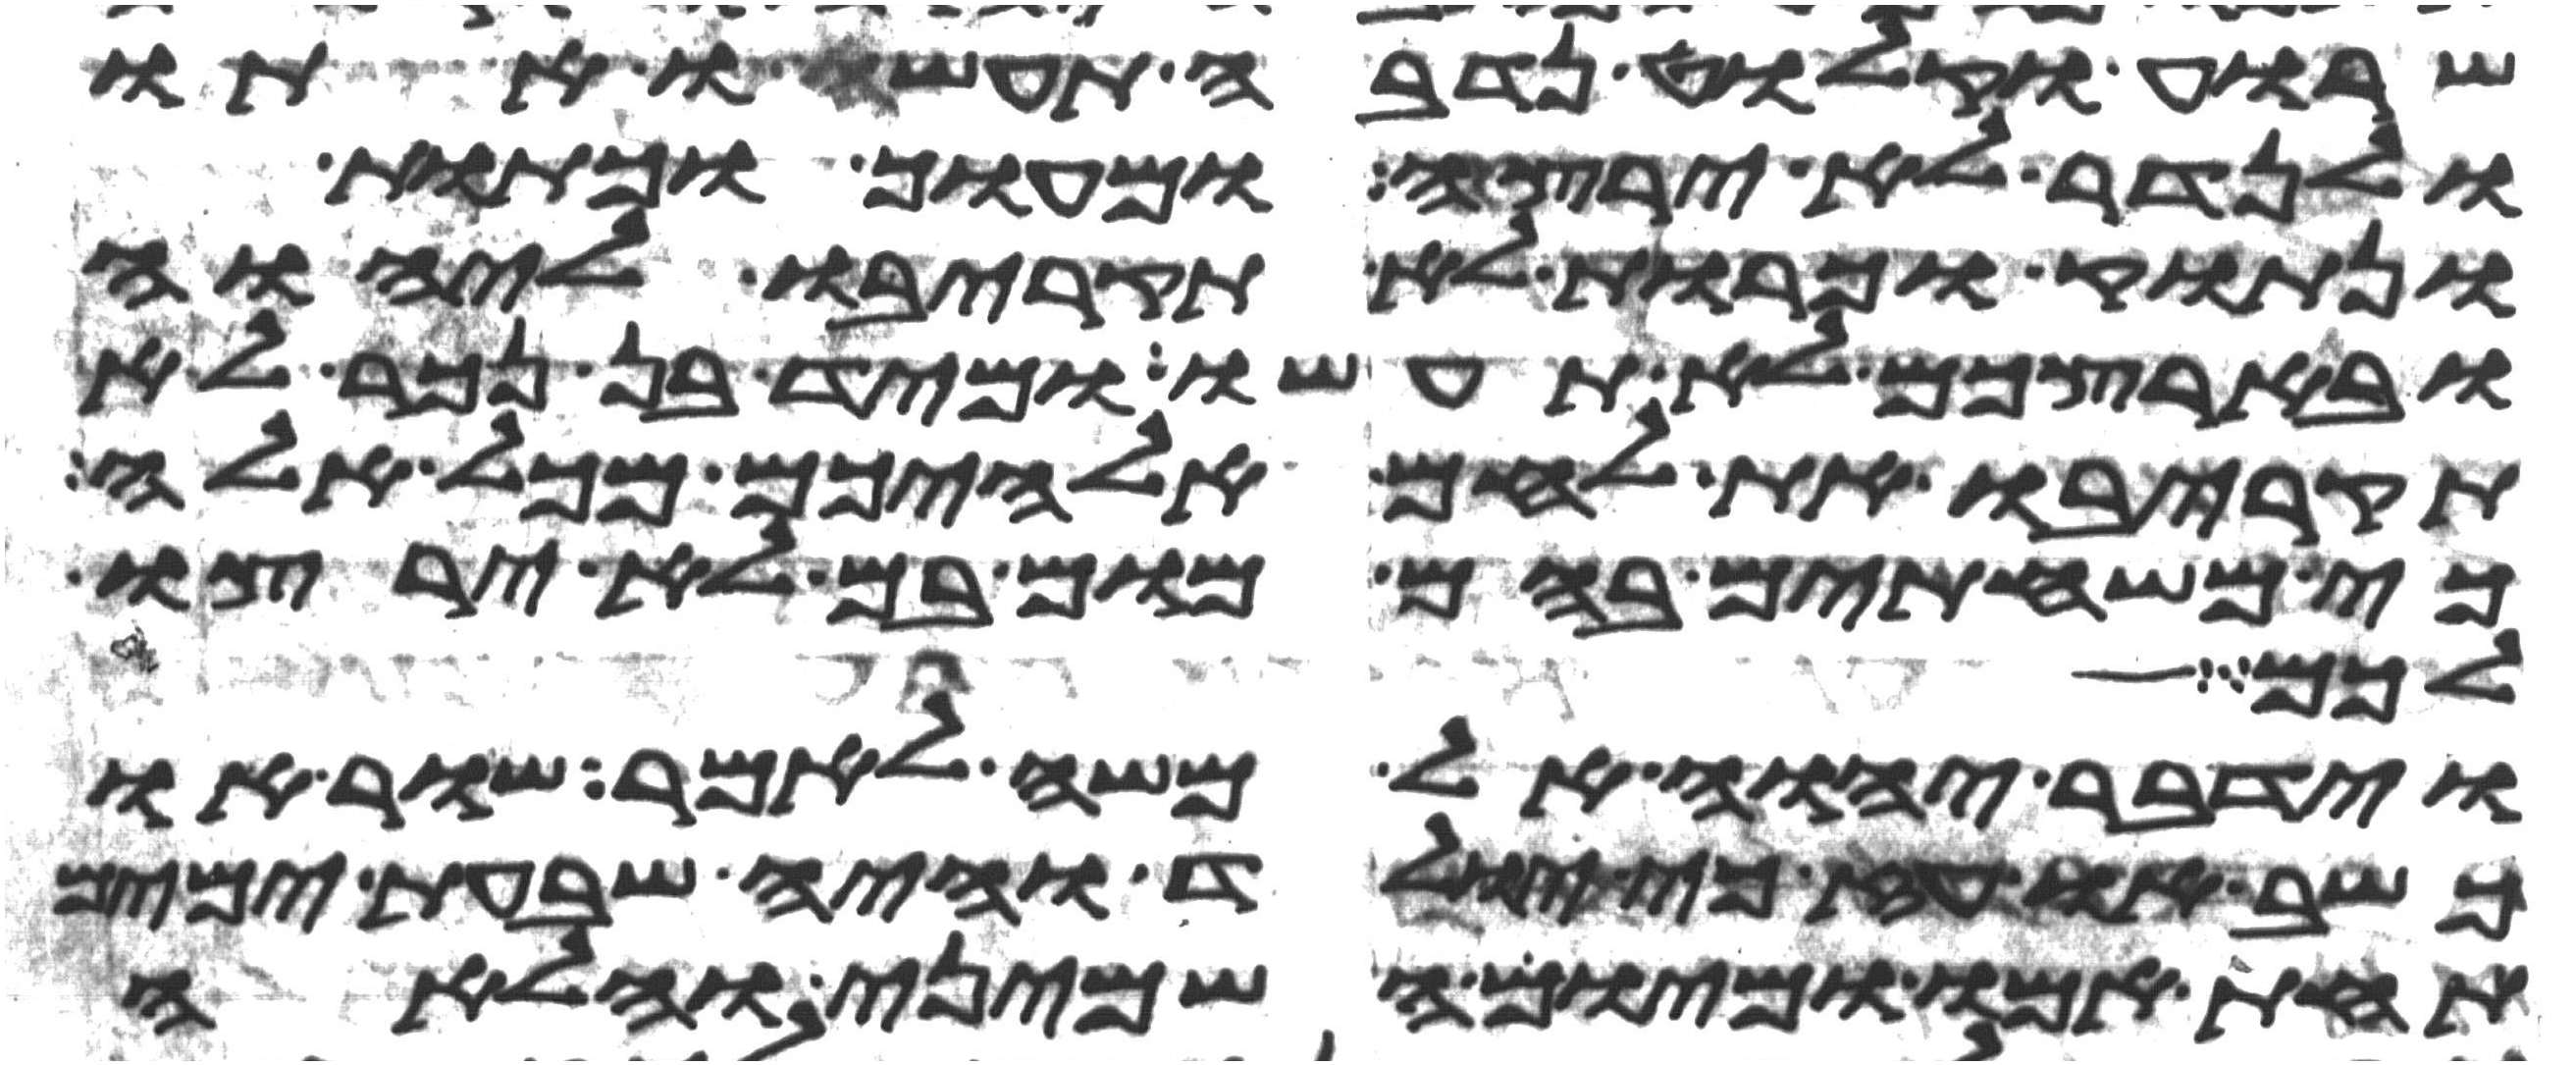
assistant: שרוע וקלוט נדבה תעשו אתו
ולנדר לא ירצה ומעוך וכתות
ונתוק וכרות לא תקריבו ליהוה
ובארצכם לא תעשו ומיד בן נכר לא
תקריבו את לחם אלהיכם מכל אלה
כי משחיתים בהם מום בם לא ירצו
לכם
וידבר יהוה אל משה לאמר שור או
כשב או עז כי יולד והיה שבעת ימים
תחת אמו ומיום השמיני והלאה